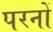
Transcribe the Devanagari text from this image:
परनों